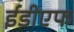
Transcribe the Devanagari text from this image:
ईडीएफ